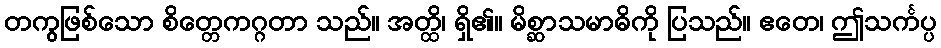
တကွဖြစ်သော စိတ္တေကဂ္ဂတာ သည်။ အတ္ထိ၊ ရှိ၏။ မိစ္ဆာသမာဓိကို ပြသည်။ ဧတေ၊ ဤသင်္ကပ္ပ